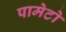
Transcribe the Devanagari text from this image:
पामेटो